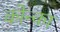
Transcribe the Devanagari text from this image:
कोन्का